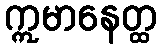
ဣမာနေတ္ထ